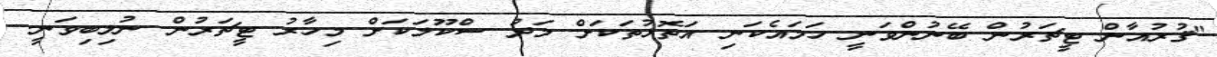
"ޤުރުއާން ޓީޗަރުން ބޭނުންވަނީ ހަމައެކަނި އަތޮޅުތަކަށް މަދު ސްކޫލަކަށް މިހާރު ޓީޗަރުން ނުލިބިވަނީ.